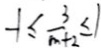
- 1 \leq \frac { 3 } { m + 2 } \leq 1